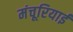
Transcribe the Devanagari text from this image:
मंचूरियाई